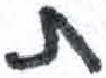
אות: ת